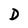
Character: D